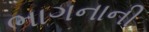
ભાગનાની